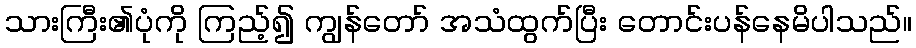
သားကြီး၏ပုံကို ကြည့်၍ ကျွန်တော် အသံထွက်ပြီး တောင်းပန်နေမိပါသည်။